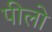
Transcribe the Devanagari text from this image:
पीलो